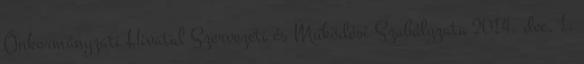
Önkormányzati Hivatal Szervezeti és Működési Szabályzata 2014. dec. 1.